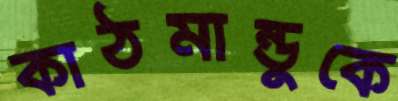
কাঠমান্ডুকে